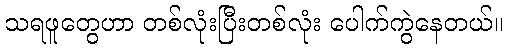
သရဖူတွေဟာ တစ်လုံးပြီးတစ်လုံး ပေါက်ကွဲနေတယ်။